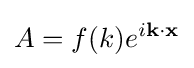
A=f(k)e^{i\mathbf {k} \cdot \mathbf {x} }